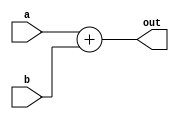
module Adder (a, b, out);
    parameter N = 32;

    input [N-1:0] a, b;
    output [N-1:0] out;

    assign out = a + b;
endmodule